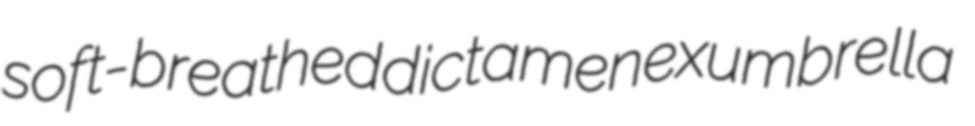
soft-breathed dictamen exumbrella